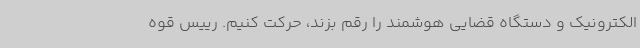
الکترونیک و دستگاه قضایی هوشمند را رقم بزند، حرکت کنیم. رییس قوه